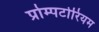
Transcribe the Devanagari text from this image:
प्रोम्पटोरियम